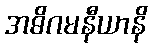
အဓိဂမနီယာနိ